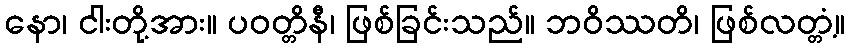
နော၊ ငါးတို့အား။ ပဝတ္တိနီ၊ ဖြစ်ခြင်းသည်။ ဘဝိဿတိ၊ ဖြစ်လတ္တံ့။